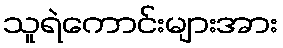
သူရဲကောင်းများအား